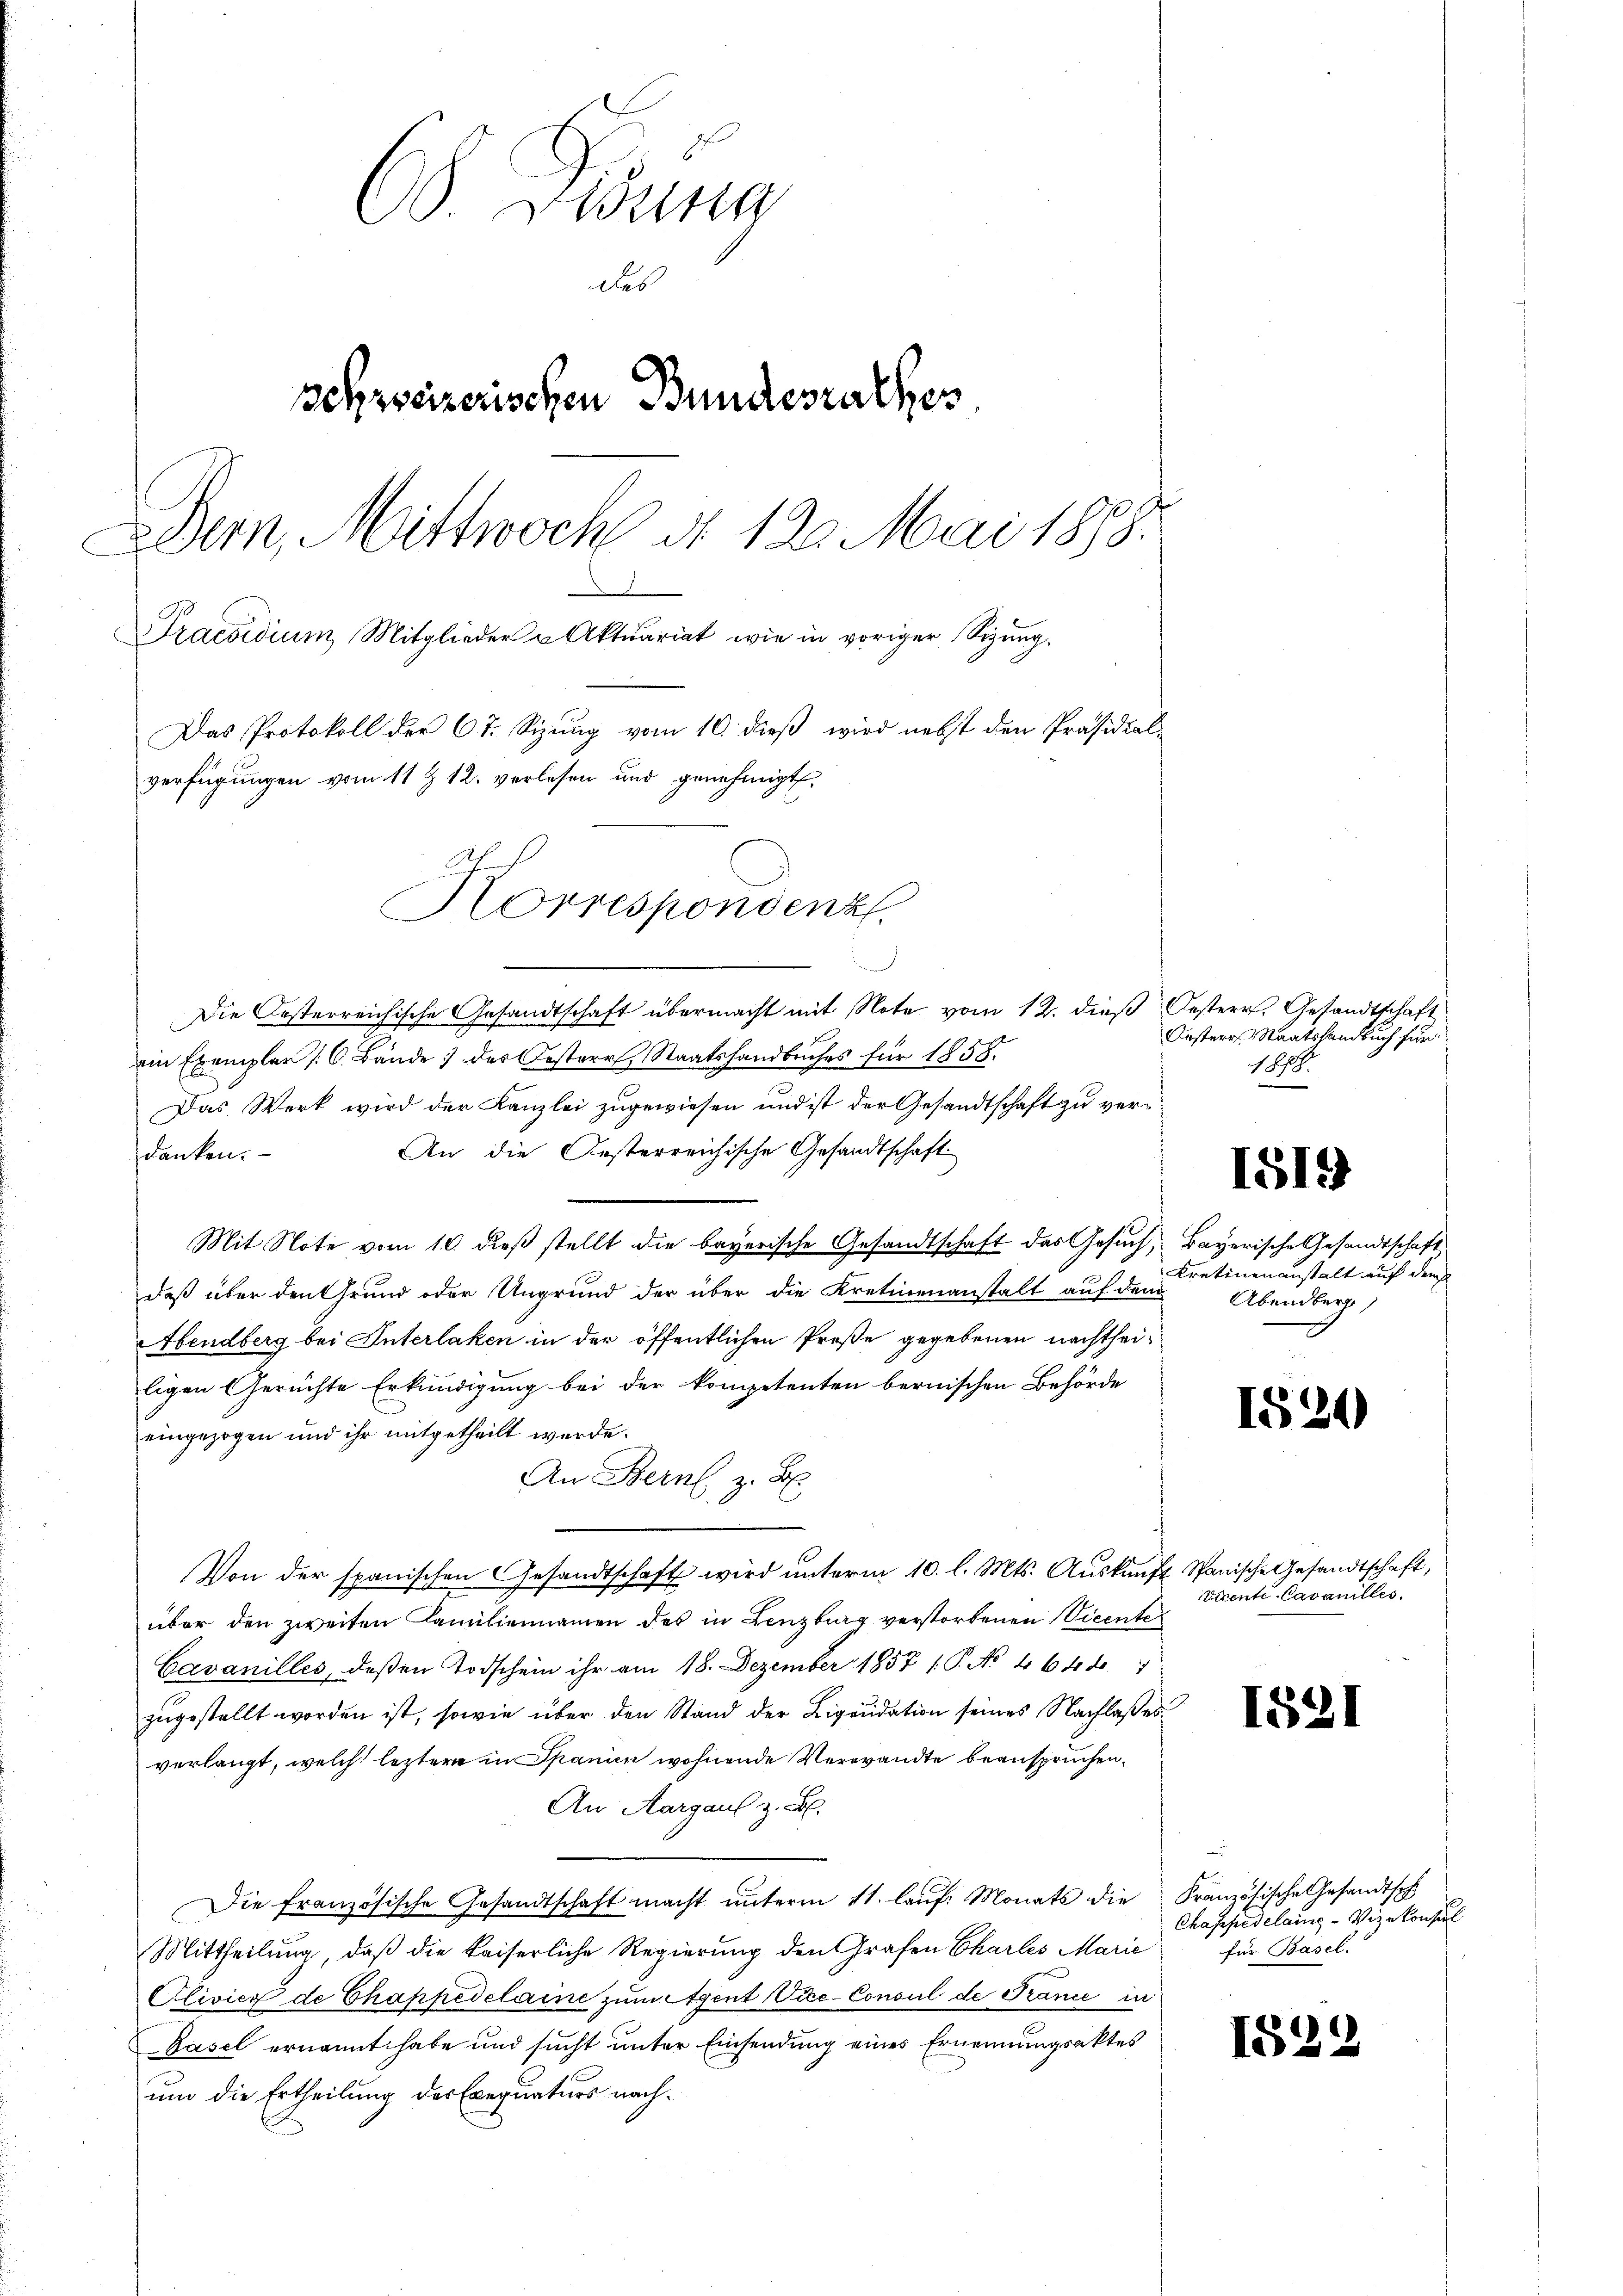
6 Diana
des
schzweizerischen Bundesrathes
Der, Mittwoch d. 120. Mai 1888.
Praesidium Mitglieder u Aktuariat wie in voriger Sigŭng.
Das Protokoll der 67. Sizung vom 10. dieß wird nebst den Präsidial-
verfügungen vom 11 & 12. verlesen und genehmigt,
Korrespondenz

i
Die Oesterreichische Gesandtschaft übermacht mit Note vom 12. dieß Gesterr. Gesandtschaft
ein Exemplar (C. Bände des Oesterr. Staatshandbuches für 1858.
Das Werk wird der Kanzlei zugewiesen und ist der Gesandtschaft zu ver¬
An die Gesterreichische Gesandtschaft
danken.
Mit Note vom 10. dieß stellt die bayerische Gesandtschaft das Gesuch, Bayerische Gesandtschaft,
daß über den Grund oder Ungrund der über die Kretinenanstalt auf dem Abendberg
Abendberg bei Interlaken in der öffentlichen Preße gegebenen nachtheiligen Gerichte Erkundigung bei der kompetenten bernischen Behörde
eingezogen und ihr mitgetheilt werde.
An Bern z. B.
Von der spanischen Gesandtschaft wird unterm 10. l. Mts. Auskunft Spanische Gesandtschaft,
über den zweiten Familiennamen des in Lenzburg verstorbenen Vicente
Cavanilles, deßen Todschein ihr am 18. Dezember 1857 / P. No 1648
zugestellt worden ist, sowie über den Stand der Liquidation seines Nachlaßes
verlangt, welch leztere in Spanien wohnende Verwandte beanspruchen¬
An Aargaul z. B.
Die französische Gesandtschaft macht unterm 11. lauf. Monats die
Mittheilung, daß die kaiserliche Regierung den Grafen Charles Marie
Olivier de Chappedclaine zŭm Agent Vice-Consul de France in
Basel ernannt habe und sucht unter Einsendung eines Ernennungsaktes
um die Ertheilung der Exequaturs nach¬

Oesterr. Staatshandbuch für
1888.

1519

Kretinenanstalt auf dem

1524

Vicente Cavanilles.

155

1

Französische Gesandtsch
Chappedelang - Vizekonsul
für Basel.

1822